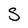
Character: S